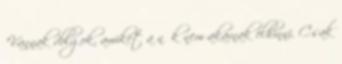
"Vannak dolgok, amiket a nők nem akarnak elhinni. Csak